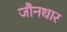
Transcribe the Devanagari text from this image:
जौनधार